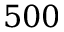
5 0 0